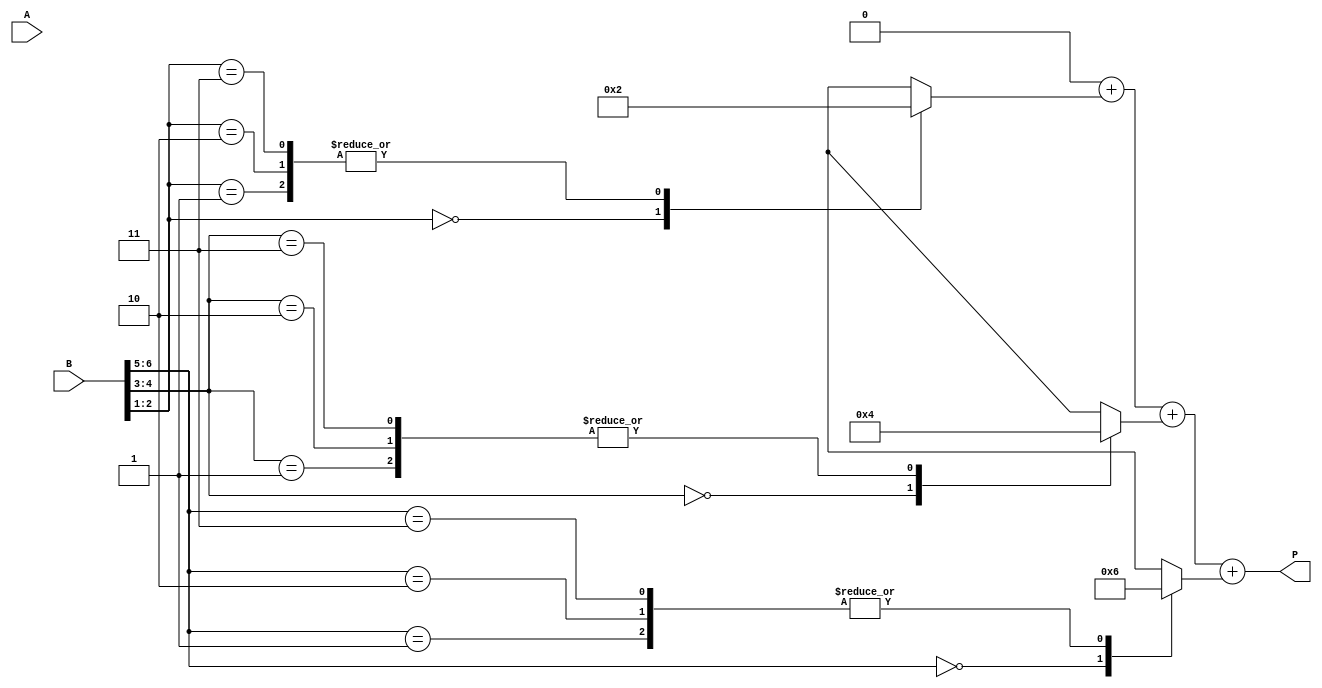
module radix4_multiplier #(parameter N = 8) (
    input signed [N-1:0] A,      // Multiplicand
    input signed [N-1:0] B,      // Multiplier
    output reg signed [2*N-1:0] P // Product
);

    reg [N+1:0] B_reg;            // Extended multiplier
    reg [N-1:0] A_reg;            // Multiplicand
    reg [2*N-1:0] partial_product [0:3]; // Partial products
    reg [2*N-1:0] sum;            // Accumulator
    integer i;

    // Booth's encoding and partial product generation
    always @(*) begin
        // Initialize
        B_reg = {B[N-1], B, 1'b0}; // Extend B with sign bit and a zero
        A_reg = A;
        P = 0; // Initialize product

        // Generate partial products based on Booth's algorithm
        for (i = 0; i < N; i = i + 2) begin
            case (B_reg[i+1:i])
                2'b00: partial_product[i/2] = 0;                     // 00: No operation
                2'b01: partial_product[i/2] = {A_reg, i};            // 01: Add A
                2'b10: partial_product[i/2] = {-A_reg, i};           // 10: Subtract A
                2'b11: partial_product[i/2] = {A_reg << 1, i};       // 11: Add 2A
                default: partial_product[i/2] = 0;
            endcase
        end

        // Accumulate partial products
        sum = 0;
        for (i = 0; i < (N/2 + N%2); i = i + 1) begin
            sum = sum + partial_product[i];
        end

        // Assign the final product
        P = sum;
    end

endmodule